system: You are a helpful assistant.
user:
Analyze the provided spectrum to determine if it is a **"Cataclysmic Variables (CV)"**.

- **Key Indicators for CV (Check for either state):**
    - **State 1: Quiescent / Low-State (Emission-Dominated)**
        - **(Primary):** Strong and *very broad* Hydrogen Balmer emission lines (e.g., $H\alpha$ at 6563 Å, $H\beta$ at 4861 Å). The 'broadness' (high velocity dispersion, often FWHM > 1000 km/s) is the key diagnostic, indicating a high-velocity accretion disk.
        - **(Secondary):** Broad neutral Helium (He I) emission lines (e.g., 5876 Å, 6678 Å).
        - **(Key Confirmation):** Presence of high-excitation *ionized* Helium (He II) emission at 4686 Å. This is a strong indicator of accretion onto a white dwarf.
        - **(Line Profile):** Emission lines may exhibit a 'double-peaked' profile, which is a classic signature of a rotating accretion disk viewed at high inclination.

    - **State 2: Outburst / High-State (Absorption-Dominated)**
        - **(Primary):** Spectrum is dominated by a bright, blue continuum (looks like a hot star).
        - **(Secondary):** The emission lines from State 1 are weak, absent, or 'filled in', and are replaced by broad, shallow *absorption* lines (primarily Balmer and He I).
        - **(Morphology):** The overall spectrum mimics a hot B/A-type star. The crucial difference is that the absorption lines are significantly broader, shallower, and more 'washed-out' (or 'smeared') than the sharp lines of a normal stellar photosphere, due to high rotational speeds and pressure broadening in the disk.

Think first, call **spectral_visualization_tool** if needed to examine features in detail, then provide your final answer. Your response must adhere to the following strict rules:
1.  **Overall Structure:** Your response must follow the format `<think>...</think> <tool_call>...</tool_call> (if a tool is used) <answer>...</answer>`.
2.  **Tool Usage Constraint:** You may only make **one** tool call per turn.
3.  **Final Answer Format:** In the `<answer>` tag, your conclusion must be inside a `\boxed{}` command (e.g., `\boxed{YES}`), followed by your justification.

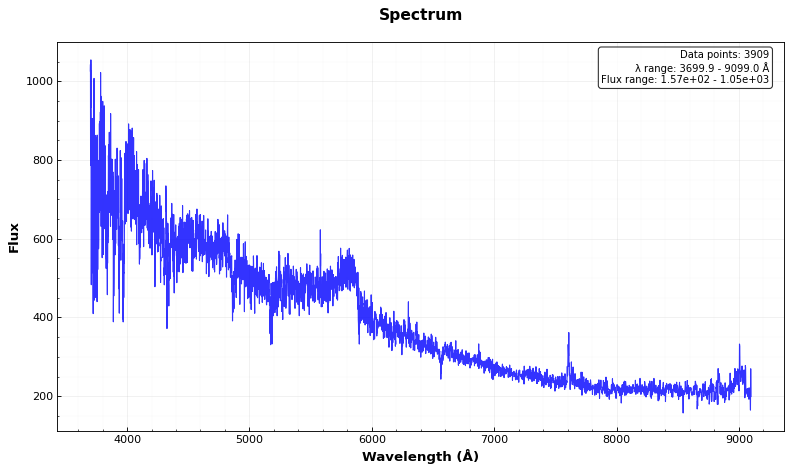
Answer: NO